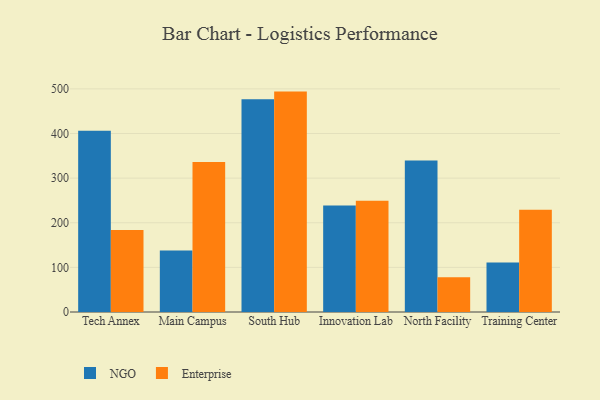
{"axis": {"x": "Campus", "y": "Humidity (%)"}, "legend": ["Enterprise", "NGO"], "data": [{"x": "Tech Annex", "y": 406.0, "type": "NGO"}, {"x": "Tech Annex", "y": 183.9, "type": "Enterprise"}, {"x": "Main Campus", "y": 138.0, "type": "NGO"}, {"x": "Main Campus", "y": 336.3, "type": "Enterprise"}, {"x": "South Hub", "y": 476.9, "type": "NGO"}, {"x": "South Hub", "y": 493.9, "type": "Enterprise"}, {"x": "Innovation Lab", "y": 238.5, "type": "NGO"}, {"x": "Innovation Lab", "y": 249.5, "type": "Enterprise"}, {"x": "North Facility", "y": 339.5, "type": "NGO"}, {"x": "North Facility", "y": 77.6, "type": "Enterprise"}, {"x": "Training Center", "y": 110.8, "type": "NGO"}, {"x": "Training Center", "y": 229.3, "type": "Enterprise"}]}